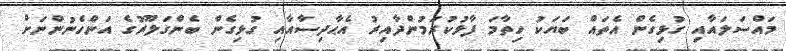
މައްސަލައާއި ގުޅިގެން އެތައް ބަޔަކު ހިތާމަ ފާޅުކުރަމުންދާއިރު އެޙާދިސާއާއި ގުޅިގެން ބެންގަލޫރުގެ އަންހެނުންނަށް